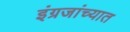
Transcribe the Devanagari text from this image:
इंग्रजांच्यात